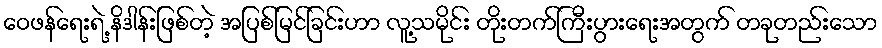
ဝေဖန်ရေးရဲ့ နိဒါန်းဖြစ်တဲ့ အပြစ်မြင်ခြင်းဟာ လူ့သမိုင်း တိုးတက်ကြီးပွားရေးအတွက် တခုတည်းသော